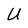
Character: U